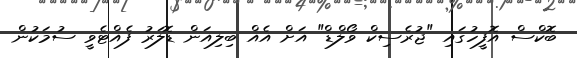
ބޮކްސް އޮފީހުގައި "ޖުރެސިކް ވޯލްޑް" އަށް އެއް ބިލިއަން ޑޮލަރު ފެއްޓެވީ ސުމަކުން